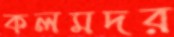
কলমদর